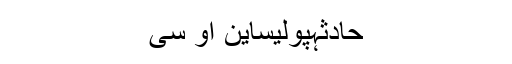
حادثہپولیساین او سی